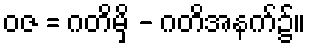
ဝဇ = ဂတိမှိ - ဂတိအနက်၌။